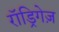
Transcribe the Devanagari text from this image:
रॉड्रिगेज़